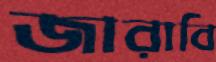
জারাবি